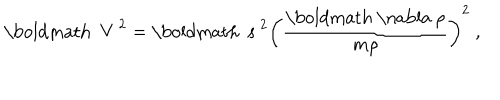
\mathrm { \boldmath ~ V ~ } ^ { 2 } = \mathrm { \boldmath ~ s ~ } ^ { 2 } \left( \frac { { \mathrm { \boldmath ~ \nabla ~ } } \rho } { m \rho } \right) ^ { 2 } \ ,